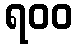
ရ၀၀